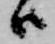
ハ